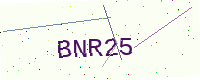
Text: BNR25